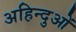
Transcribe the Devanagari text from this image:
अहिन्दुओं